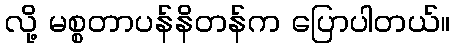
လို့ မစ္စတာပန်နိတန်က ပြောပါတယ်။